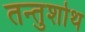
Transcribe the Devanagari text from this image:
तन्तुशोथ